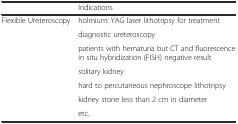
|  | Indications |
 | --- | --- |
 | <ROWSPAN=7> Flexible Ureteroscopy | holmium: YAG laser lithotripsy for treatment |
 | diagnostic ureteroscopy |
 | patients with hematuria but CT and fluorescence in situ hybridization (FISH) negative result |
 | solitary kidney |
 | hard to percutaneous nephroscope lithotripsy |
 | kidney stone less than 2 cm in diameter |
 | etc. |